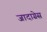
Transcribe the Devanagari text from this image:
जादाग्रेस